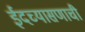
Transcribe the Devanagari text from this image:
ईदच्यासणाची